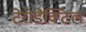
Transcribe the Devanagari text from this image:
टेरोडैक्टिल